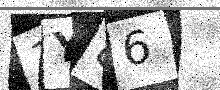
Text: 1Y86